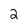
Character: 2